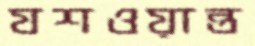
যশওয়ান্ত